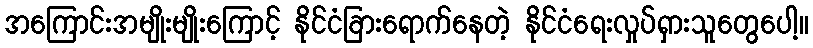
အကြောင်းအမျိုးမျိုးကြောင့် နိုင်ငံခြားရောက်နေတဲ့ နိုင်ငံရေးလှုပ်ရှားသူတွေပေါ့။